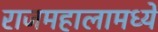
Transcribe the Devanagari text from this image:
राजमहालामध्ये